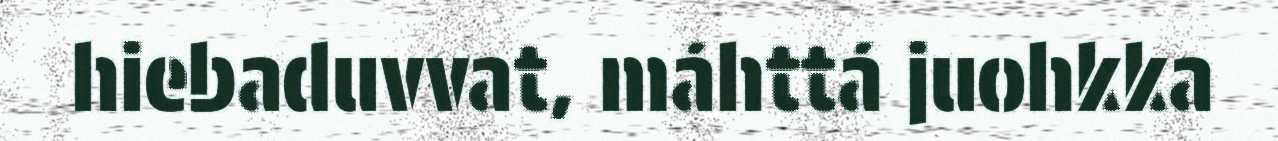
hiebaduvvat, máhttá juohkka